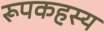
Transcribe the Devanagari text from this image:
रूपकहस्य